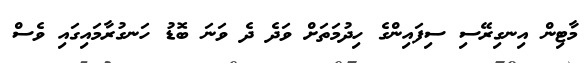
މާޓިން އިނގިރޭސި ސިފައިންގެ ހިދުމަތަށް ވަދެ ދެ ވަނަ ބޮޑު ހަނގުރާމައިގައި ވެސް